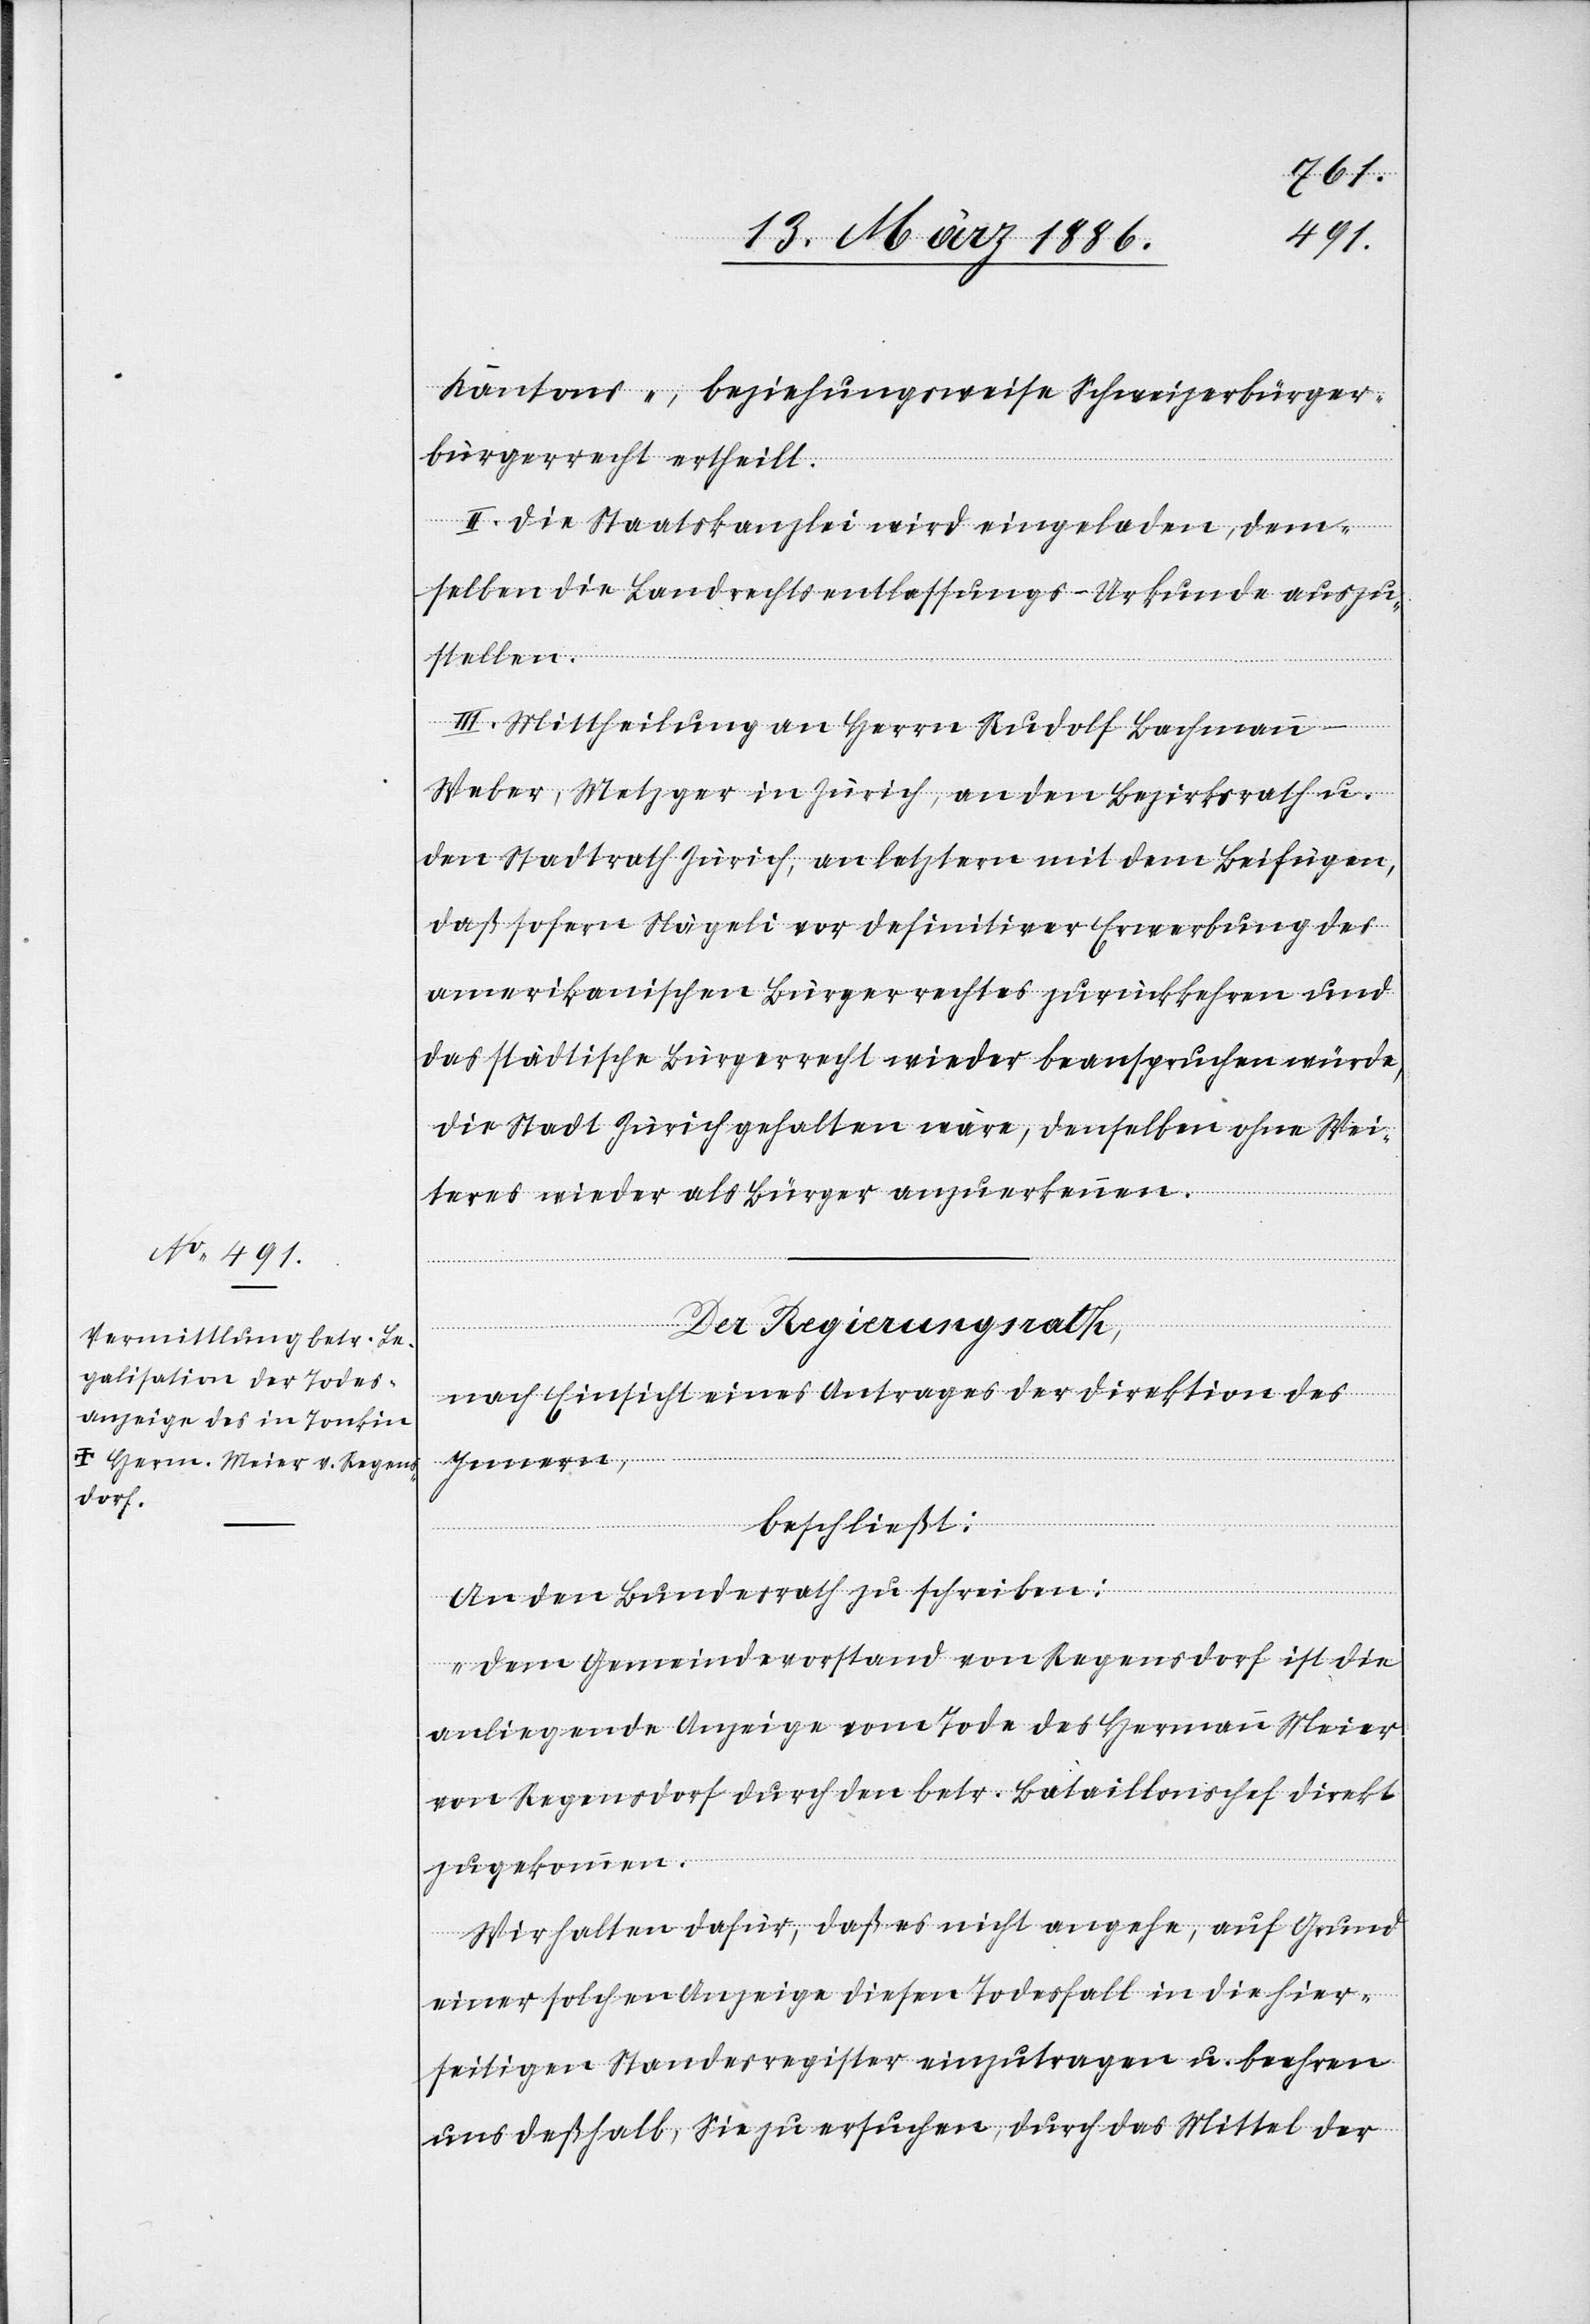
Kantons-, beziehungsweise Schweizerbürger¬
bürgerrecht [sic!] ertheilt.
II. Die Staatskanzlei wird eingeladen, dem¬
selben die Landrechtsentlassungs-Urkunde auszu¬
stellen.
III. Mittheilung an Herrn Rudolf Bachmann-W¬
eber, Metzger in Zürich, an den Bezirksrath u.
den Stadtrath Zürich, an letztern mit dem Beifügen,
daß sofern Nägeli vor definitiver Erwerbung des
amerikanischen Bürgerrechtes zurückkehren und
das städtische Bürgerrecht wieder beanspruchen würde,
die Stadt Zürich gehalten wäre, denselben ohne Wei¬
teres wieder als Bürger anzuerkennen.
Der Regierungsrath,
nach Einsicht eines Antrages der Direktion des
Innern,
beschließt:
An den Bundesrath zu schreiben:
„Dem Gemeindevorstand von Regensdorf ist die
anliegende Anzeige vom Tode des Hermann Meier
von Regensdorf durch den betr. Bataillonschef direkt
zugekommen.
Wir halten dafür, daß es nicht angehe, auf Grund
einer solchen Anzeige diesen Todesfall in die hier¬
seitigen Standesregister einzutragen u. beehren
uns deßhalb, Sie zu ersuchen, durch das Mittel der